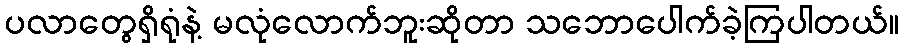
ပလာတွေရှိရုံနဲ့ မလုံလောက်ဘူးဆိုတာ သဘောပေါက်ခဲ့ကြပါတယ်။